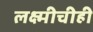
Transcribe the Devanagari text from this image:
लक्ष्मीचीही